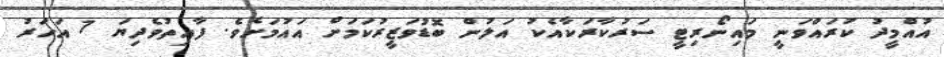
އުއްމީދު ކުރައްވަނީ މައިނޯރިޓީ ސަރުކާރަކާއެކު އަލުން ބޮޑުވަޒީރުކަމަށް އައުމަށެވެ. ފާއިތުވެދިޔަ 7 އަހަރު